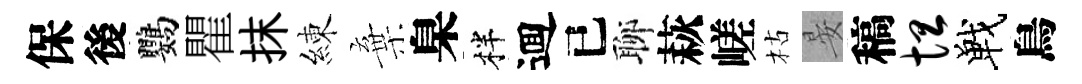
保後鸚瞿抹練棄臬柈逥已聊萩嵯枯晏稿坦戰鳥